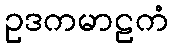
ဥဒကမာဠကံ